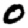
Digit: 0